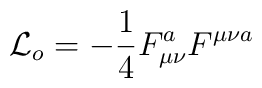
{\cal L}_{o}=-\frac{1}{4}F^{a}_{\mu\nu}F^{\mu \nu a}\\